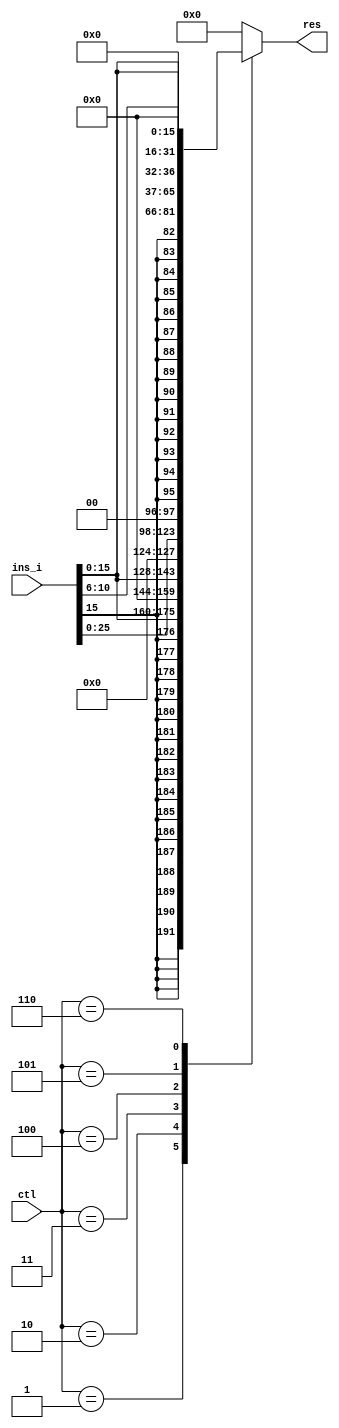
/////////////////////////////////////////////////////////////////////
////                                                             ////
////                                                             ////
////  If you encountered any problem, please contact :           ////
////                                                             ////
////  Downloaded from:                                           ////
////     http://www.opencores.org/pdownloads.cgi/list/mips789    ////
/////////////////////////////////////////////////////////////////////
////                                                             ////
//// Copyright (C) 2006-2007 Liwei                               ////
////                         mcupro@yahoo.com.hk                 ////
////                                                             ////
////                                                             ////
//// This source file may be used and distributed freely without ////
//// restriction provided that this copyright statement is not   ////
//// removed from the file and any derivative work contains the  ////
//// original copyright notice and the associated disclaimer.    ////
////                                                             ////
//// Please let the author know if it is used                    ////
//// for commercial purpose.                                     ////
////                                                             ////
////     THIS SOFTWARE IS PROVIDED ``AS IS'' AND WITHOUT ANY     ////
//// EXPRESS OR IMPLIED WARRANTIES, INCLUDING, BUT NOT LIMITED   ////
//// TO, THE IMPLIED WARRANTIES OF MERCHANTABILITY AND FITNESS   ////
//// FOR A PARTICULAR PURPOSE. IN NO EVENT SHALL THE AUTHOR      ////
//// OR CONTRIBUTORS BE LIABLE FOR ANY DIRECT, INDIRECT,         ////
//// INCIDENTAL, SPECIAL, EXEMPLARY, OR CONSEQUENTIAL DAMAGES    ////
//// (INCLUDING, BUT NOT LIMITED TO, PROCUREMENT OF SUBSTITUTE   ////
//// GOODS OR SERVICES; LOSS OF USE, DATA, OR PROFITS; OR        ////
//// BUSINESS INTERRUPTION) HOWEVER CAUSED AND ON ANY THEORY OF  ////
//// LIABILITY, WHETHER IN  CONTRACT, STRICT LIABILITY, OR TORT  ////
//// (INCLUDING NEGLIGENCE OR OTHERWISE) ARISING IN ANY WAY OUT  ////
//// OF THE USE OF THIS SOFTWARE, EVEN IF ADVISED OF THE         ////
//// POSSIBILITY OF SUCH DAMAGE.                                 ////
////                                                             ////
/////////////////////////////////////////////////////////////////////
////                                                             ////
////                                                             ////
//// Date of Creation: 2007.8.1                                  ////
////                                                             ////
//// Version: 0.0.1                                              ////
////                                                             ////
//// Description:                                                ////
////                                                             ////
////                                                             ////
/////////////////////////////////////////////////////////////////////
////                                                             ////
//// Change log:                                                 ////
////                                                             ////
/////////////////////////////////////////////////////////////////////

`define EXT_SIGN              1
`define EXT_UNSIGN            2
`define EXT_J                 3
`define EXT_B                 4
`define EXT_SA                5
`define EXT_S2H               6
`define EXT_NOP               0

module ext(
    input [31:0] ins_i ,
    output reg [31:0] res ,
    input [2:0]ctl);
    
    wire [25:0] instr25_0;
    assign instr25_0 = ins_i[25:0] ;

    wire[15:0] sign = {instr25_0[15],instr25_0[15],instr25_0[15],instr25_0[15],instr25_0[15],instr25_0[15],instr25_0[15],instr25_0[15],instr25_0[15],instr25_0[15],instr25_0[15],instr25_0[15],instr25_0[15],instr25_0[15],instr25_0[15],instr25_0[15]}	 ;

    always @ (*)
    case (ctl)
        `EXT_SIGN    :res ={sign,instr25_0[15:0]};//sign
        `EXT_UNSIGN  :res ={16'b0,instr25_0[15:0]};//zeroext
        `EXT_J       :res ={4'b0,instr25_0[25:0],2'b0};//jmp
        `EXT_B       :res ={sign[13:0],instr25_0[15:0],2'B0};//brach
        `EXT_SA      :res ={27'b0,instr25_0[10:6]} ;//sll,srl
        `EXT_S2H     :res ={instr25_0[15:0],16'B0};//shift to high
        default: res=0;
    endcase
endmodule